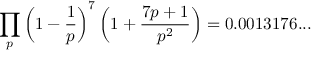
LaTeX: \prod _ { p } \left( 1 - { \frac { 1 } { p } } \right) ^ { 7 } \left( 1 + { \frac { 7 p + 1 } { p ^ { 2 } } } \right) = 0 . 0 0 1 3 1 7 6 . . .